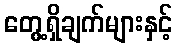
တွေ့ရှိချက်များနှင့်